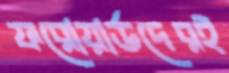
ফরোয়ার্ডদেরই